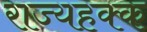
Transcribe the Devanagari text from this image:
राज्यहक्क